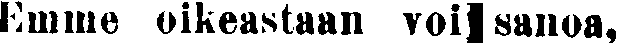
Emme oikeastaan voi sanoa,